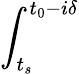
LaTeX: \int_{t_{s}}^{t_{0}-i\delta}